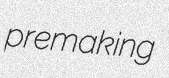
premaking